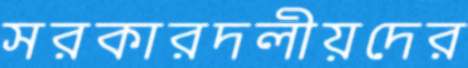
সরকারদলীয়দের